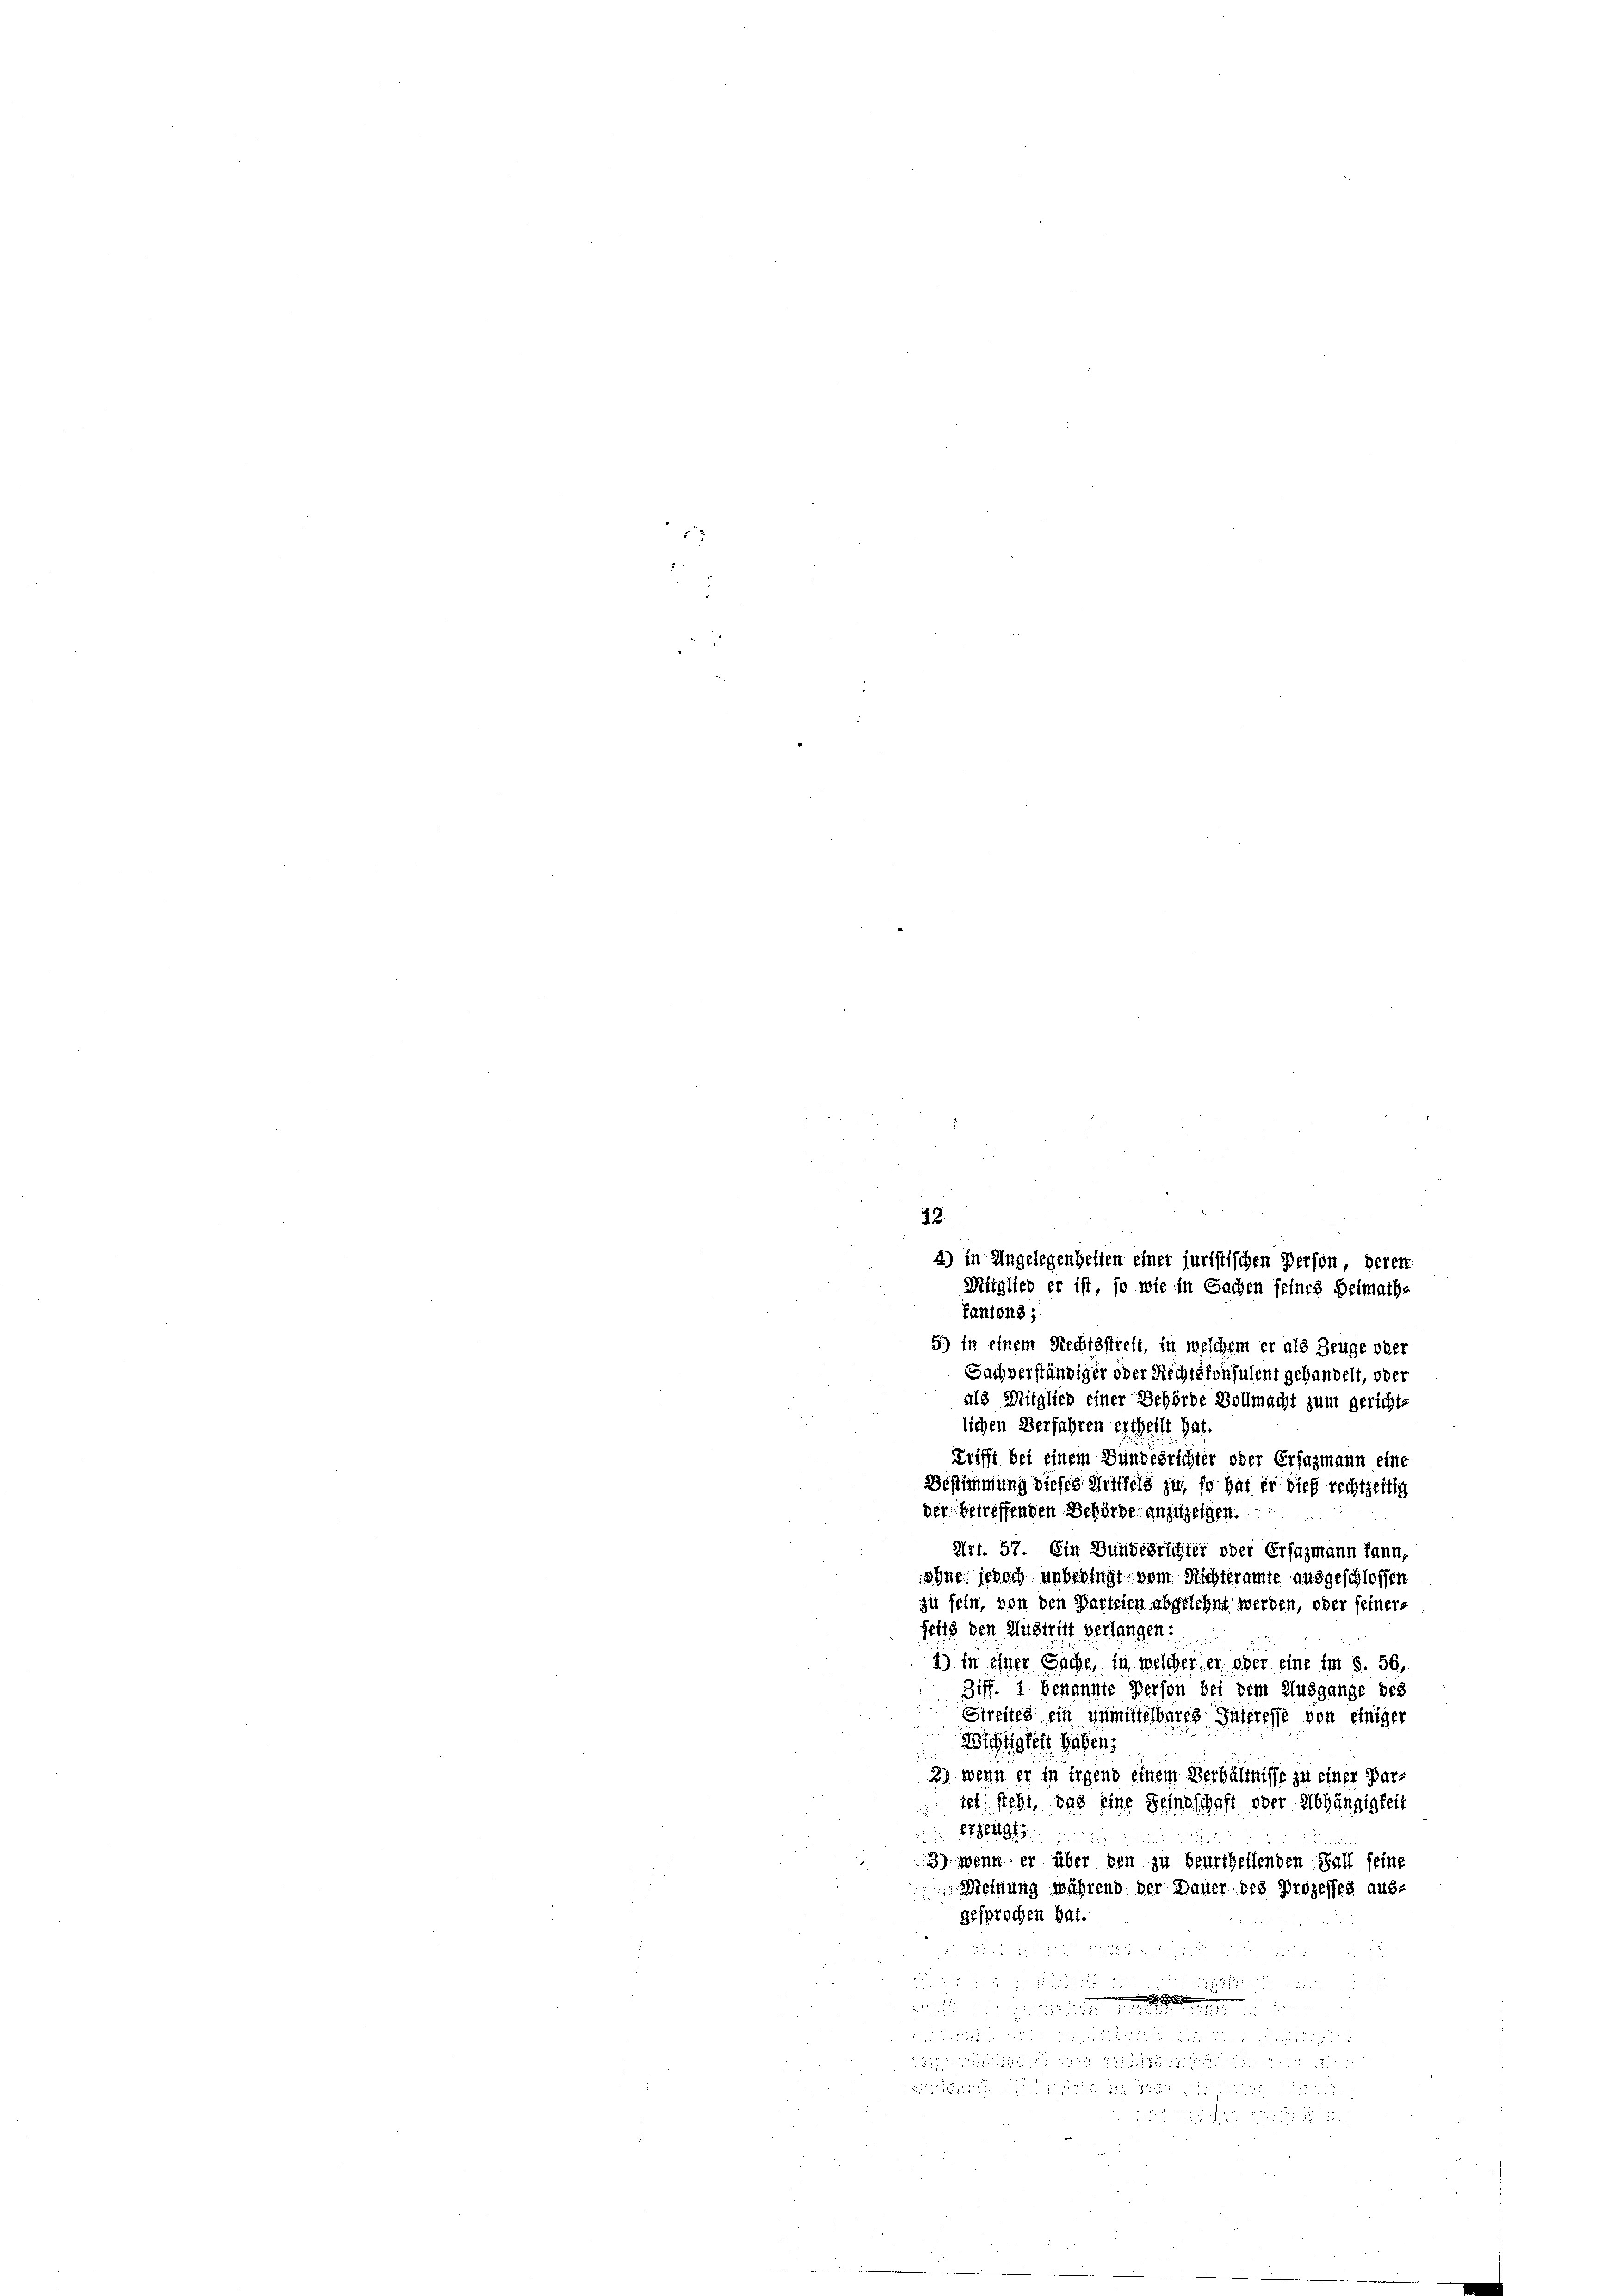
Tantons;
5) In einem Rechtsstreit, in welchem er als Zeuge oder
Sachverständiger oder Rechtsfonsulent gehandelt, oder
als Mitglied einer Behörde Vollmacht zum gerichte
lichen Verfahren ertheilt hat.
Frifft bei einem Bundesrichter oder Ersagmann eine
Bestimmung dieses Mittels zu, so hat er dies rechtzeitig
der betreffenden Behörde anzuzeigen.
Art. 57. Ein Bundesrichter oder Ersazmann kann,
ohne jedoch unbedingt vom Richteramte ausgeschlossen
zu sein, von den Parteien abgelehnt werden, oder seiners
feitz den Austritt verlangen:
1) In einer Sache, in welcher er oder eine im S. 56,
Ziff. 1 benannte Person bei dem Ausgange des
Streites ein unmittelbares Instresse von einiger
Wichtigkeit haben,
2) wenn er in irgend einem Verhältnisse zu einer Partet steht, das eine Feindschaft oder Abhängigkeit
Erzeugt
2
3) Wenn er über den zu beurtheilenden Fall seine
Meinung während der Dauer des Prozesses aus-
gesprochen hat.

e

 117
22 23 x

3272

12.
4) in Angelegenheiten einer juristischen Person, deren
Mitglied er ist, so wie in Sachen seines Heimath-